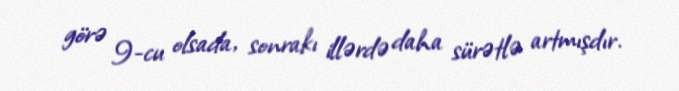
görə 9-cu olsada, sonrakı illərdə daha sürətlə artmışdır.